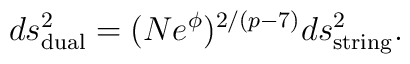
ds^2_{\rm dual} =(Ne^{\phi})^{2/(p-7)}ds^2_{\rm string}.